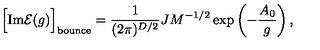
\Bigl [ \mathrm { I m } { \cal E } ( g ) \Bigr ] _ { \mathrm { b o u n c e } } = \frac { 1 } { ( 2 \pi ) ^ { D / 2 } } J M ^ { - 1 / 2 } \exp \left( - \frac { A _ { 0 } } { g } \right) ,